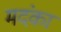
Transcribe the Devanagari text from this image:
मदंका